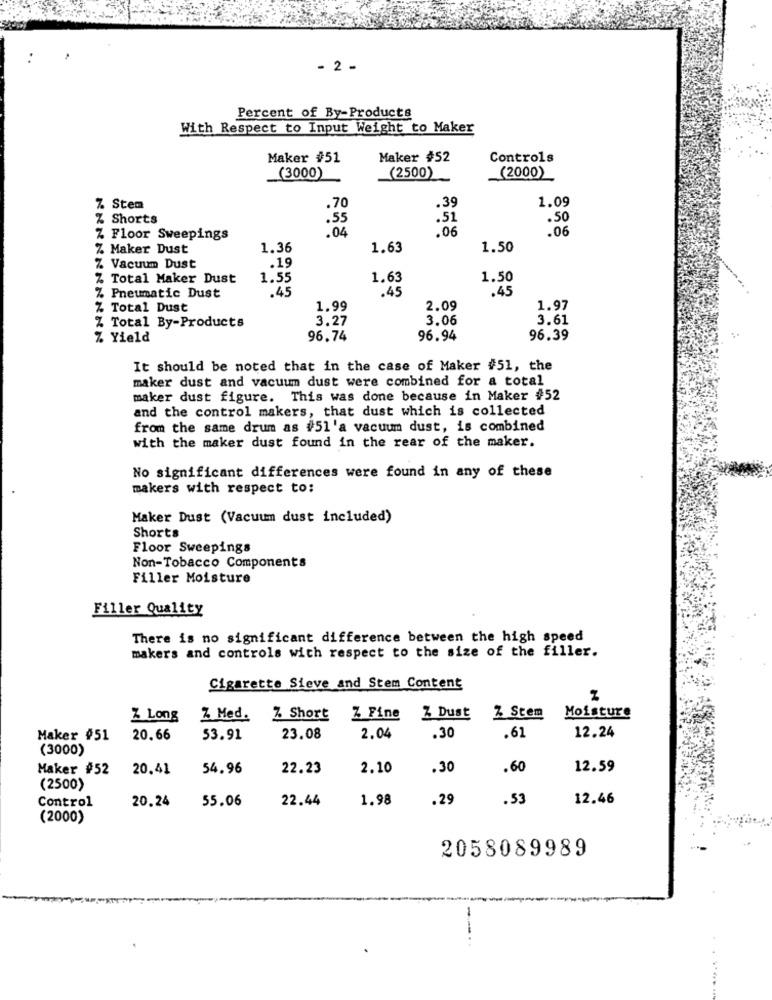
- 2 .
Percent of By-Products
With Respect to Input Weight to Maker
Maker #51
Maker #52
Controls
(2500)
(2000)
(3000)
1.09
Z Stem
.70
.39
% Shorts
.55
:51
.50
.04
.06
.06
Z Floor Sweepings
Z Maker Dust
1.36
1.63
1.50
.19
Z Vacuum Dust
Z Total Maker Dust
1.55
1.63
1.50
:45
.45
.45
Z Pneumatic Dust
Z Total Dust
1.99
2.09
1.97
Z Total By-Products
3.27
3.06
3.61
Z Yield
96.74
96.94
96.39
It should be noted that in the case of Maker #51, the
maker dust and vacuum dust were combined for a total
maker dust figure. This was done because in Maker #52
and the control makers, that dust which is collected
from the same drum as #51'a vacuum dust, is combined
with the maker dust found in the rear of the maker.
No significant differences were found in any of these
makers with respect to:
Maker Dust (Vacuum dust included)
Shorts
Floor Sweepings
Non-Tobacco Components
Filler Moisture
Filler Quality
There is no significant difference between the high speed
makers and controls with respect to the size of the filler.
Cigarette Sieve and Stem Content
Z Stem
Moisture
Z Long
Z Med. Z Short Z Fine
Z Dust
12.24
Maker #51
20.66
53.91
23.08
2.04
.30
.61
(3000)
Maker #52
20.41
54.96
22.23
2.10
.30
.60
12.59
(2500)
Control
20.24
55.06
22.44
1.98
.29
.53
12.46
(2000)
2058089989
-